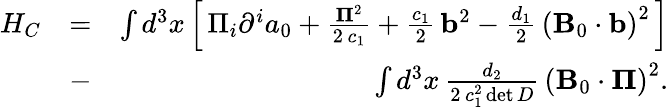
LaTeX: \begin{array}{rlr}{{H_{C}}}&{=}&{\int{{d^{3}}x}\left[\, {{\Pi_{i}}{\partial^{i}}{a_{0}}+\frac{{{{\mathbf\Pi}^{2}}}}{{2\, {c_{1}}}}+\frac{{{c_{1}}}}{2}\, {{\mathbf b}^{2}}-\frac{{{d_{1}}}}{2}\, {{\left({{\mathbf B}_{0}\cdot{\mathbf b}}\right)}^{2}}}\, \right]}\\ &{-}&{\int{{d^{3}}x}\, \frac{{{d_{2}}}}{{2\, c_{1}^{2}\operatorname*{det}D}}\, {\left({{\mathbf B}_{0}\cdot{\mathbf\Pi}}\right)^{2}}.}\end{array}